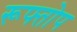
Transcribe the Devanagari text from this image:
रूफ्तोप